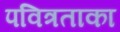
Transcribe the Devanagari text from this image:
पवित्रताका